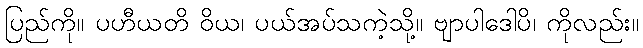
ပြည်ကို။ ပဟီယတိ ဝိယ၊ ပယ်အပ်သကဲ့သို့။ ဗျာပါဒေါပိ၊ ကိုလည်း။